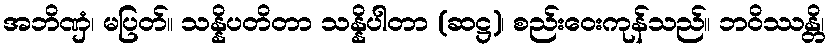
အဘိဏှံ၊ မပြတ်။ သန္နိပတိတာ သန္နိပါတာ (ဆဋ္ဌ)၊ စည်းဝေးကုန်သည်။ ဘဝိဿန္တိ၊